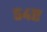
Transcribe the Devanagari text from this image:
५४ए